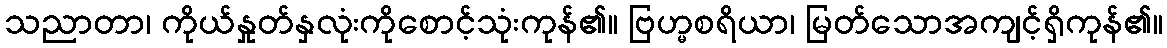
သညာတာ၊ ကိုယ်နှုတ်နှလုံးကိုစောင့်သုံးကုန်၏။ ဗြဟ္မစရိယာ၊ မြတ်သောအကျင့်ရှိကုန်၏။